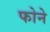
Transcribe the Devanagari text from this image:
फोने